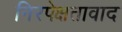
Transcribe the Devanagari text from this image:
निरपेक्षतावाद